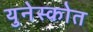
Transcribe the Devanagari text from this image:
युनेस्कोत